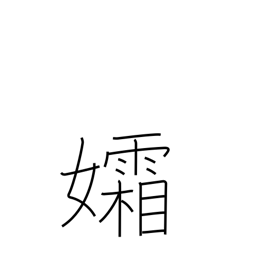
Meaning: widow